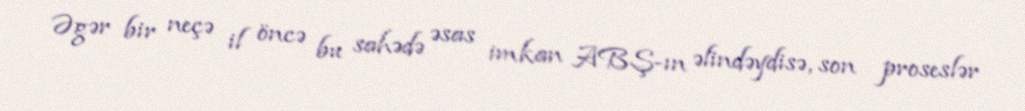
Əgər bir neçə il öncə bu sahədə əsas imkan ABŞ-ın əlindəydisə, son proseslər